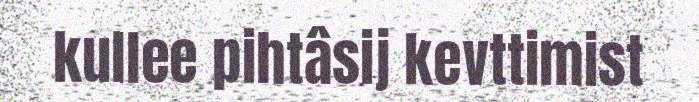
kullee pihtâsij kevttimist